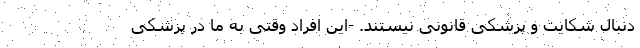
دنبال شکایت و پزشکی قانونی نیستند. -این افراد وقتی به ما در پزشکی